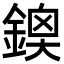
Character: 𨩬